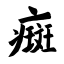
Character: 癍